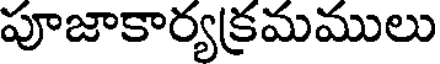
పూజాకార్యక్రమములు